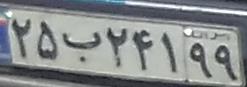
۲۵ب۲۴۱۹۹